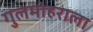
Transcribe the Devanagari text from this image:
गुलमोहराला